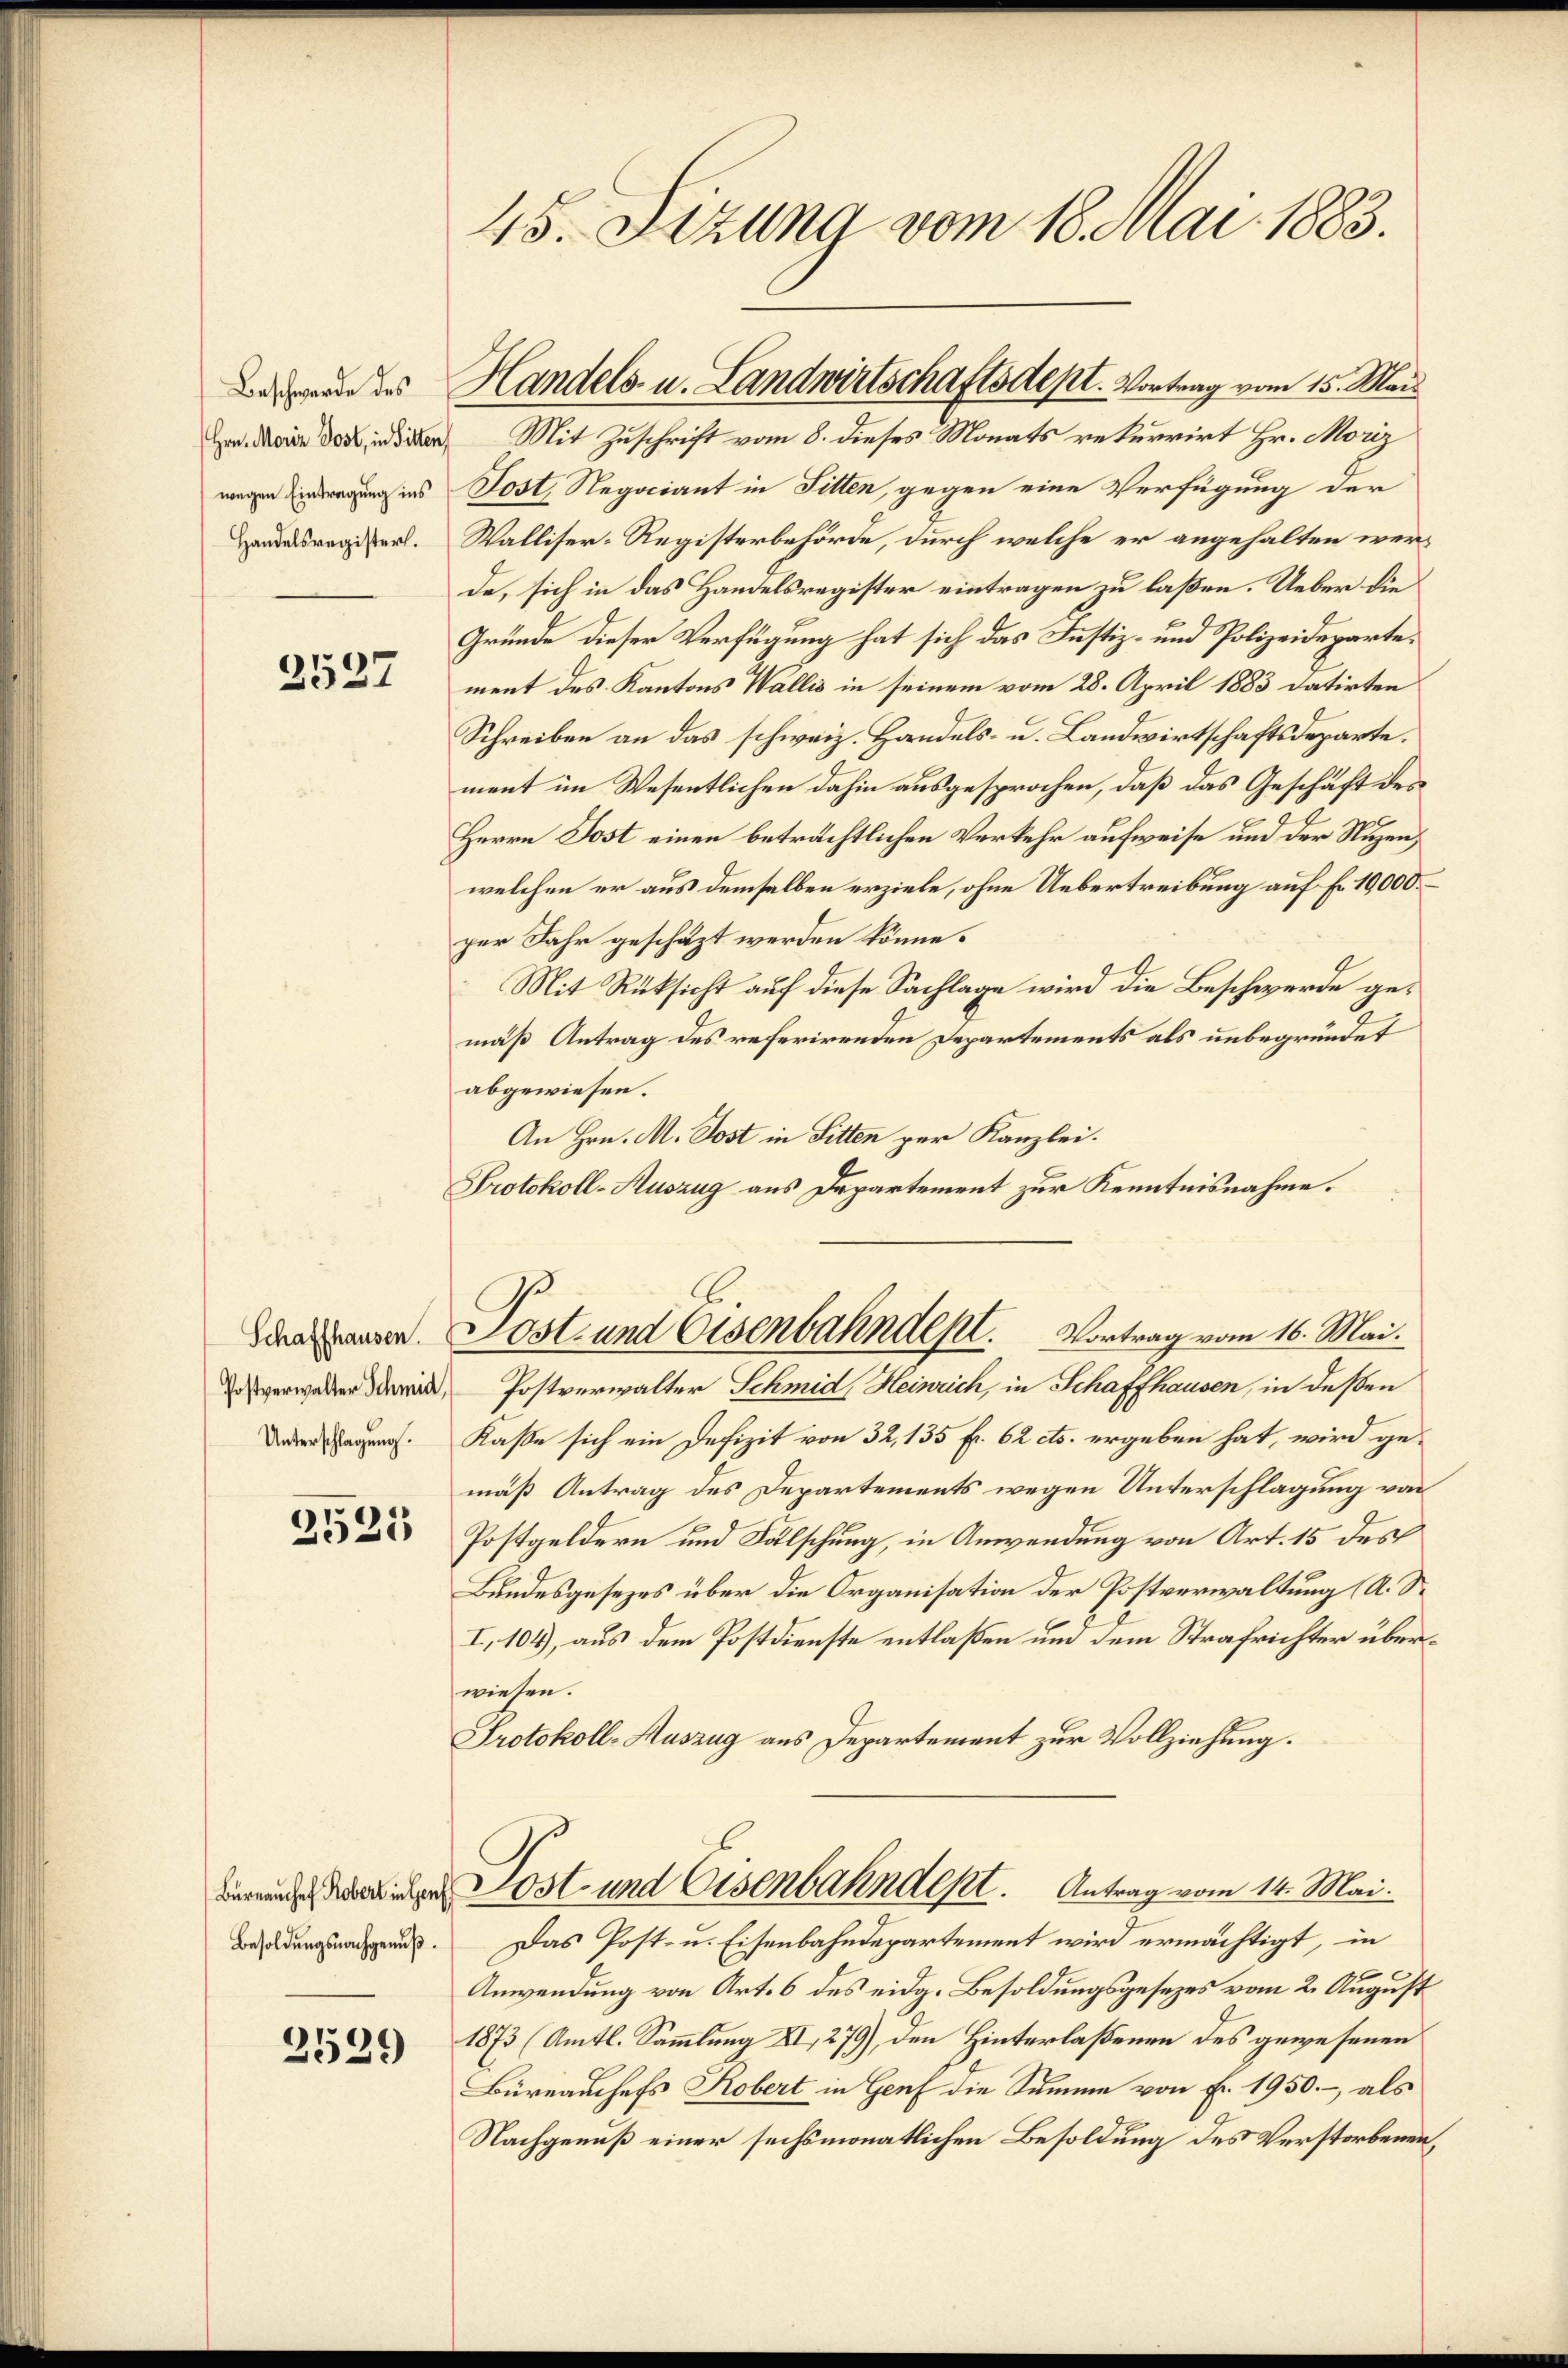
Beschwerde des
Hrn. Moriz Post, in Sitten,

2527

Schaffhausen.
Postverwalter Schmid,

2525

Büreaussef Robert in Genf
Besoldungsnachgenuß.

2529

45. Sizung vom 18. Mai 1883.

Mit Zuschrift vom 8. dieses Monats rekurrirt Hr. Moriz
wegen Einregung ins Post, Negociant in Sitten, gegen eine Verfügung der
andesregel. Walliser-Registerbehörde, durch welche er angehalten werde, sich in das Handelsregister eintragen zu laßen. Ueber die
Gründe dieser Verfügung hat sich das Justiz- und Polizeidepartement des Kantons Wallis in seinem vom 28. April 1883 datirten
Schreiben an das schweiz. Handels- u. Landwirtschaftsdeparte.
ment im Wesentlichen dahin ausgesprochen, daß das Geschäft des
Herrn Post einen beträchtlichen Verkehr aufweise und der Nuzen,
welchen er aus demselben erziele, ohne Uebertreibung auf Fr. 10,000
per Jahr geschäzt werden könne.
Mit Rüksicht auf diese Sachlage wird die Beschwerde gemäß Antrag des referirenden Departements als unbegründet
abgewiesen.
An Hrn. M. Post in Sitten per Kanzlei.
Protokoll-Auszug aus Departement zur Kenntnisnahme.
Post- und Eisenbahndept. Vortrag vom 16. Mai.
Postverwalter Schmid, Heinrich, in Schaffhausen, in deßen
Den Tagen. Kasse sich ein Defizit von 32, 135 f. 62 cts. ergeben hat, wird ge-
mäß Antrag des Departements wegen Unterschlagung von
Postgeldern und Fälschung, in Anwendung von Art. 15 des
Bundesgesezes über die Organisation der Postverwaltung (A. S.
I,104), aus dem Postdienste entlaßen und dem Strafrichter überwiesen.
Protokoll-Auszug aus Departement zur Vollziehung.
Post- und Eisenbahndept. Antrag vom 14. Mai.
Das Post- u. Eisenbahndepartement wird ermächtigt, in
Anwendung von Art. 6 des eidg. Besoldungsgesezes vom 2. August
1873 (Amtl. Sammlung XI, 279), den Hinterlaßenen des gewesenen
Büreauchefs Kobert in Genf die Summe von Fr. 1950., als
Nachgenuß einer sechsmonatlichen Besoldung des Verstorbenen,

Handels- u. Landwirtschaftsdept. Vortrag vom 15. Mai